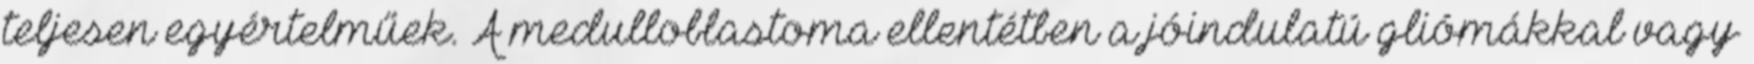
teljesen egyértelműek. A medulloblastoma ellentétben a jóindulatú gliómákkal vagy